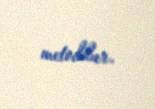
metoddur.